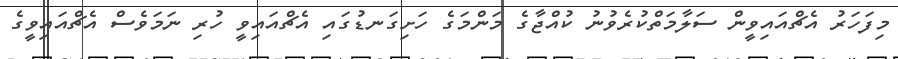
މިފަހަރު އެޗްއައިވީން ސަލާމަތްކުރެވުނު ކުއްޖާގެ މަންމަގެ ހަށިގަނޑުގައި އެޗްއައިވީ ހުރި ނަމަވެސް އެޗްއައިވީގެ